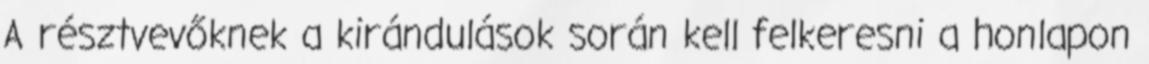
A résztvevőknek a kirándulások során kell felkeresni a honlapon